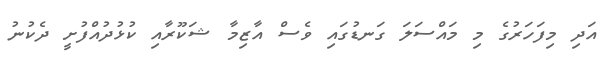
އަދި މިފަހަރުގެ މި މައްސަލަ ގަނޑުގައި ވެސް އާޒިމާ ޝަކޫރާއި ކުޅުދުއްފުށީ ދެކުނު